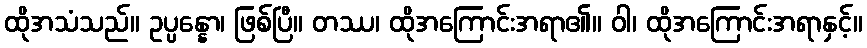
ထိုအသံသည်။ ဥပ္ပန္နော၊ ဖြစ်ပြီ။ တဿ၊ ထိုအကြောင်းအရာ၏။ ဝါ၊ ထိုအကြောင်းအရာနှင့်။